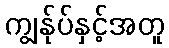
ကျွန်ုပ်နှင့်အတူ